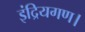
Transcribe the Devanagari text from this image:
इंद्रियगण।